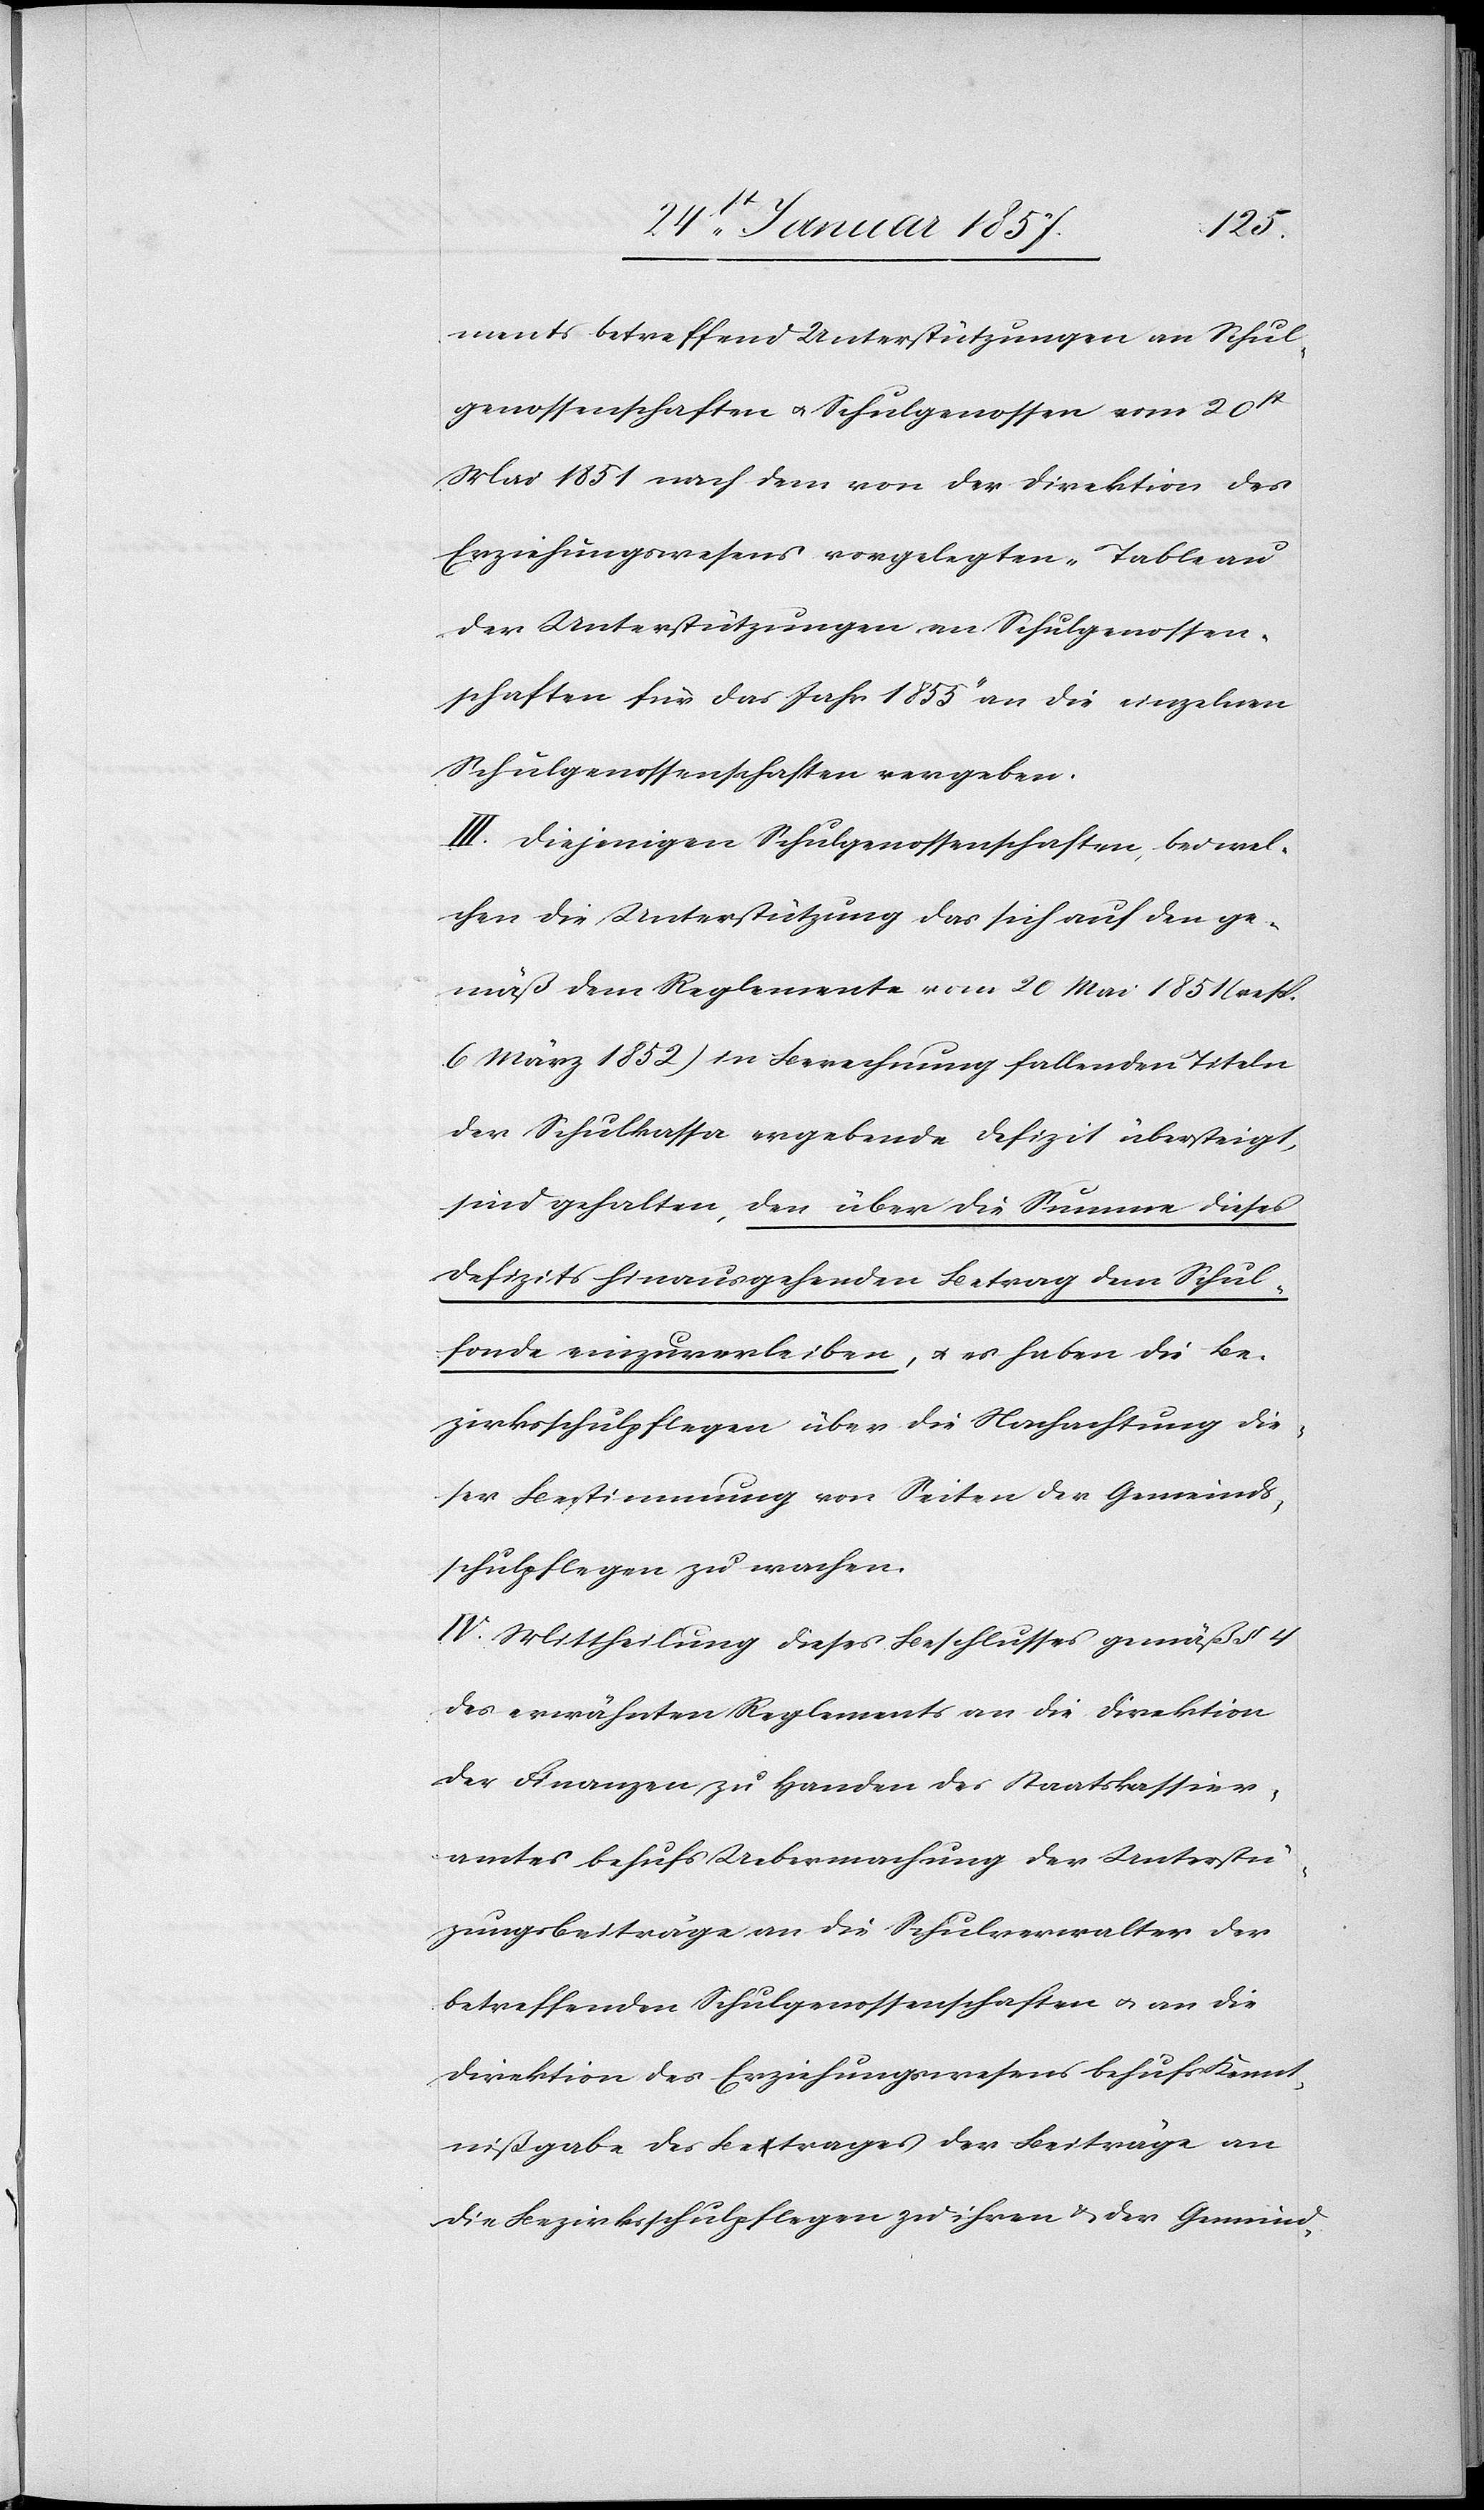
ments betreffend Unterstützungen an Schul¬
genossenschaften u. Schulgenossen vom 20t
Mai 1851 nach dem von der Direktion des
Erziehungswesens vorgelegten „Tableau
der Unterstützungen an Schulgenossen¬
schaften für das Jahr 1855“ an die einzelnen
Schulgenossenschaften vergeben.
III. Diejenigen Schulgenossenschaften, bei wel¬
chen die Unterstützung das sich auf den ge¬
mäß dem Reglement vom 20 Mai 1851 (resp.
6 März 1852) in Berechnung fallenden Titeln
der Schulkassa ergebende Defizit übersteigt,
sind gehalten, den über die Summe dieses
Defizits hinausgehenden Betrag dem Schul¬
fonde einzuverleiben, u. es haben die Be¬
zirksschulpflegen über die Nachachtung die¬
ser Bestimmung von Seiten der Gemeinds¬
schulpflegen zu wachen.
IV. Mittheilung dieses Beschlusses gemäß § 4
des erwähnten Reglements an die Direktion
der Finanzen zu Handen des Staatskassier¬
amtes behufs Uebermachung der Unterstü¬
zungsbeiträge an die Schulverwalter der
betreffenden Schulgenossenschaften & an die
Direktion des Erziehungswesens behufs Kennt¬
nißgabe des Betrages der Beiträge an
die Bezirksschulpflegen zu ihren & der Gemeind-